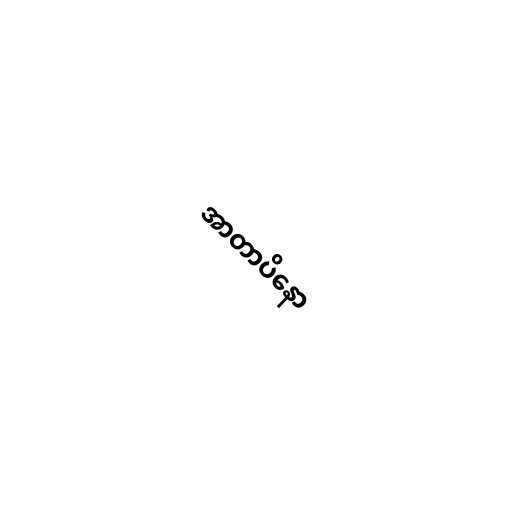
အာတာပိနော